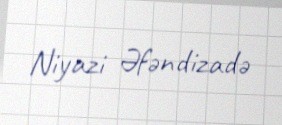
Niyazi Əfəndizadə